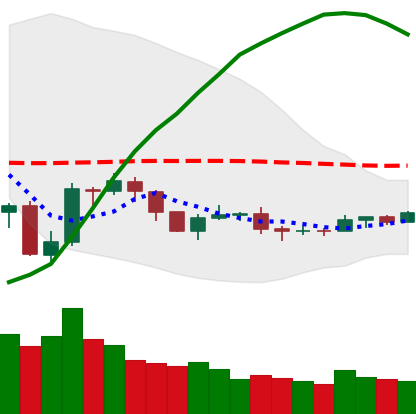
Ticker: NEO-USD
Chart end date: 2019-08-03
Forward return: -9.868%
Label: down_7plus